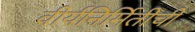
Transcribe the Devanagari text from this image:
वीर्यनिर्मितीची